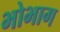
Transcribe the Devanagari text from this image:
भोभाग